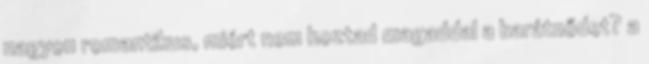
nagyon romantikus, miért nem hoztad magaddal a barátnődet? a